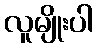
လူမျိုးပါ